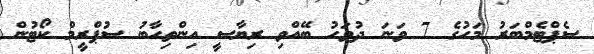
ސެޕްޓެމްބަރު މަހުގެ 7 ވަނަ ދުވަހު ބޭއްވި ރިޔާސީ އިންތިހާބު ސުޕްރީމް ކޯޓުން